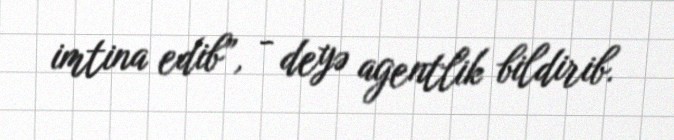
imtina edib”, - deyə agentlik bildirib.